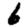
Digit: 6